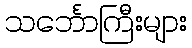
သင်္ဘောကြီးများ